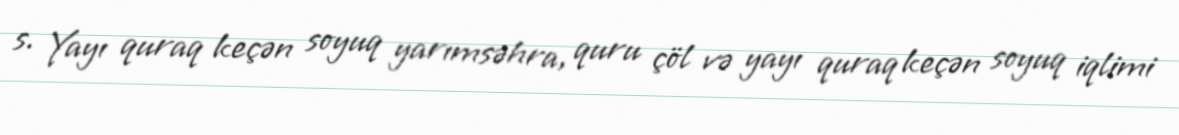
s. Yayı quraq keçən soyuq yarımsəhra, quru çöl və yayı quraq keçən soyuq iqlimi